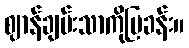
ဈာန်ချမ်းသာကိုပြခန်း။